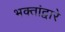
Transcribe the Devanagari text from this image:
भक्तांद्वारे